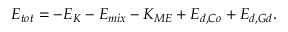
E _ { t o t } = - E _ { K } - E _ { m i x } - K _ { M E } + E _ { d , C o } + E _ { d , G d } .